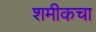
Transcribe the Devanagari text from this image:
शमीकचा